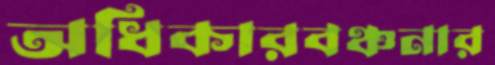
অধিকারবঞ্চনার